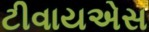
ટીવાયએસ